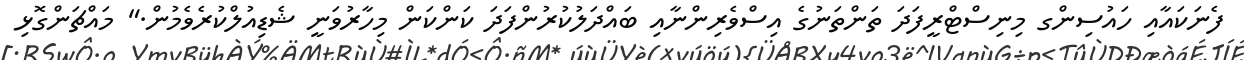
ފެނަކައާއި ހައުސިންގ މިނިސްޓްރީފަދަ ތަންތަނުގެ އިސްވެރިންނާއި ބައްދަލުކުރުންފަދަ ކަންކަން މިހާރުވަނީ ޝެޑިއުލްކުރެވެމުން." މައްޗަންގޮޅި